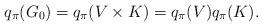
LaTeX: \begin{align*}q_\pi(G_0)=q_\pi(V\times K)=q_\pi(V)q_\pi(K). \end{align*}